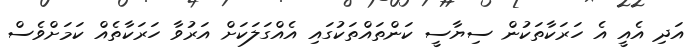
އަދި އެއީ އެ ހަރަކާތަކުން ސިޔާސީ ކަންތައްތަކުގައި އެއްގަލަކަށް އަރުވާ ހަރަކާތެއް ކަމަށްވެސް